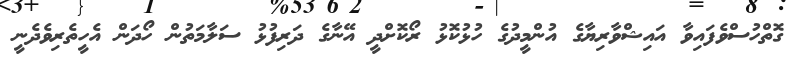
ގޮތްހުސްވެފައިވާ އައިޝްވާރިޔާގެ އުންމީދުގެ ހުޅުކޮޅު ރޯކޮށްދީ އޭނާގެ ދަރިފުޅު ސަލާމަތުން ހޯދަން އެހީތެރިވެދެނީ